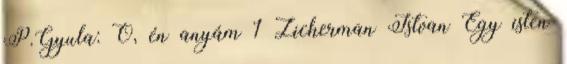
P.Gyula: Ó, én anyám 1 Zicherman Istvan Egy isten